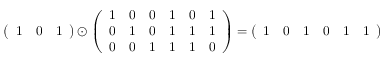
{ \left( \begin{array} { l l l } { 1 } & { 0 } & { 1 } \end{array} \right) } \odot { \left( \begin{array} { l l l l l l } { 1 } & { 0 } & { 0 } & { 1 } & { 0 } & { 1 } \\ { 0 } & { 1 } & { 0 } & { 1 } & { 1 } & { 1 } \\ { 0 } & { 0 } & { 1 } & { 1 } & { 1 } & { 0 } \end{array} \right) } = { \left( \begin{array} { l l l l l l } { 1 } & { 0 } & { 1 } & { 0 } & { 1 } & { 1 } \end{array} \right) }